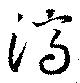
濟